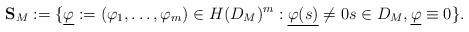
LaTeX: \begin{align*}\mathbf{S}_M := \{\underline{\varphi}:=(\varphi_1,\ldots,\varphi_m)\in H(D_M)^m: \underline{\varphi(s)}\ne 0s\in D_M,\underline{\varphi}\equiv 0\}.\end{align*}